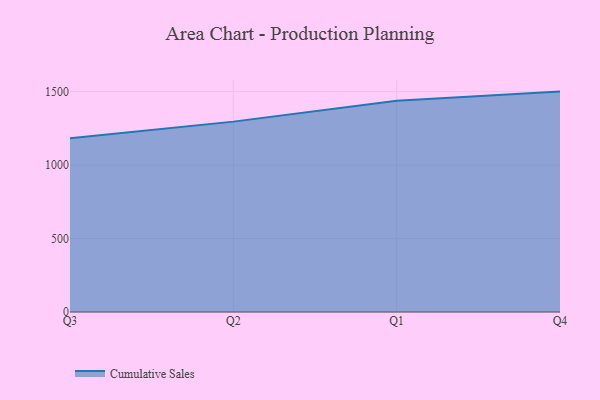
{"axis": {"x": "Quarter", "y": "Production Output"}, "legend": ["Cumulative Sales"], "data": [{"x": "Q3", "y": 1181.7, "type": "Cumulative Sales"}, {"x": "Q2", "y": 1295.7, "type": "Cumulative Sales"}, {"x": "Q1", "y": 1437.9, "type": "Cumulative Sales"}, {"x": "Q4", "y": 1500.0, "type": "Cumulative Sales"}]}